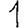
Digit: 1